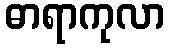
ဓာရာကုလာ